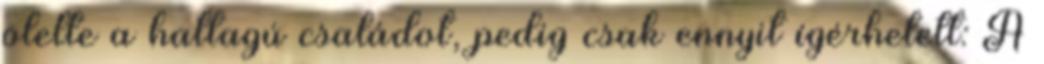
ölelte a hattagú családot, pedig csak ennyit ígérhetett: A